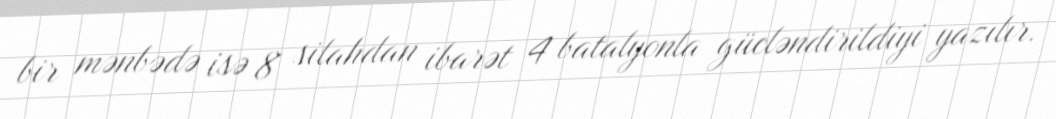
bir mənbədə isə 8 silahdan ibarət 4 batalyonla gücləndirildiyi yazılır.